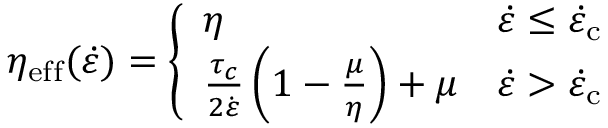
\eta _ { \mathrm { e f f } } ( \dot { \varepsilon } ) = \left\{ \begin{array} { l l } { \eta } & { \dot { \varepsilon } \le \dot { \varepsilon } _ { \mathrm { c } } } \\ { \frac { \tau _ { c } } { 2 \dot { \varepsilon } } \left( 1 - \frac { \mu } { \eta } \right) + \mu } & { \dot { \varepsilon } > \dot { \varepsilon } _ { \mathrm { c } } } \end{array} \right.